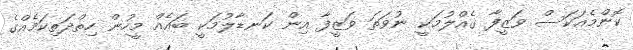
ކޮންމެއަކަސް ވަޒީފާ ގެއްލުމަކީ ނުވަތަ ވަޒީފާ އިން ކަނޑާލުމަކީ ބައެއް މީހުން ހިތްދަތިކަމެއްގެ